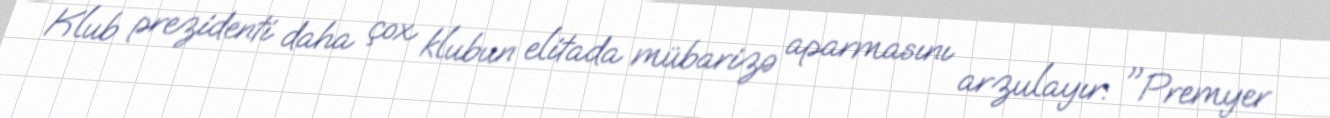
Klub prezidenti daha çox klubun elitada mübarizə aparmasını arzulayır: "Premyer